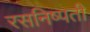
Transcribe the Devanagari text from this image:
रसनिष्पती